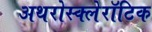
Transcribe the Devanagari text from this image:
अथरोस्क्लेरॉटिक